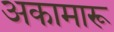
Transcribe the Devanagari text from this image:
अकामारू